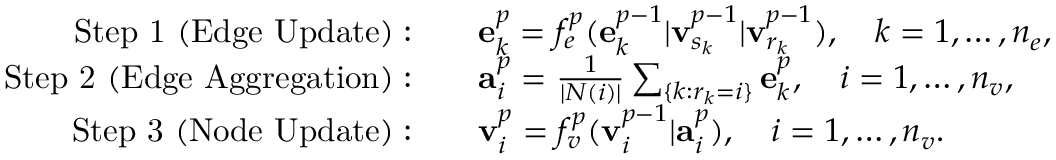
\begin{array} { r l } { \mathrm { S t e p ~ 1 ~ ( E d g e ~ U p d a t e ) : } } & { \quad { \bf e } _ { k } ^ { p } = { f } _ { e } ^ { p } ( { \bf e } _ { k } ^ { p - 1 } | { \bf v } _ { s _ { k } } ^ { p - 1 } | { \bf v } _ { r _ { k } } ^ { p - 1 } ) , \quad k = 1 , \ldots , n _ { e } , } \\ { \mathrm { S t e p ~ 2 ~ ( E d g e ~ A g g r e g a t i o n ) : } } & { \quad { \bf a } _ { i } ^ { p } = \frac { 1 } { | N ( i ) | } \sum _ { \{ k : r _ { k } = i \} } { \bf e } _ { k } ^ { p } , \quad i = 1 , \ldots , n _ { v } , } \\ { \mathrm { S t e p ~ 3 ~ ( N o d e ~ U p d a t e ) : } } & { \quad { \bf v } _ { i } ^ { p } = f _ { v } ^ { p } ( { \bf v } _ { i } ^ { p - 1 } | { \bf a } _ { i } ^ { p } ) , \quad i = 1 , \ldots , n _ { v } . } \end{array}